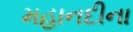
મહાનદીના